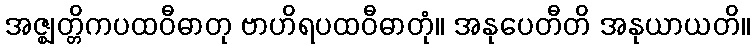
အဇ္ဈတ္တိကပထဝီဓာတု ဗာဟိရပထဝီဓာတုံ။ အနုပေတီတိ အနုယာယတိ။